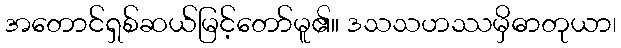
အတောင်ရှစ်ဆယ်မြင့်တော်မူ၏။ ဒသသဟဿမှိဓာတုယာ၊